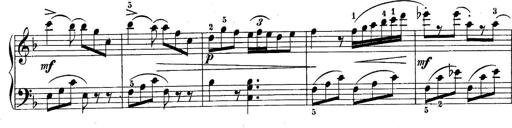
Title: 10 Sonatines progressives
Composer: Anton Schmoll